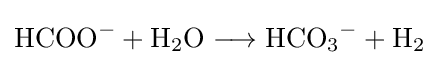
{\mathrm {HCOO} {\vphantom {A}}^{-}{}+{}\mathrm {H} {\vphantom {A}}_{\smash[{t}]{2}}\mathrm {O} {}\mathrel {\longrightarrow } {}\mathrm {HCO} {\vphantom {A}}_{\smash[{t}]{3}}{\vphantom {A}}^{-}{}+{}\mathrm {H} {\vphantom {A}}_{\smash[{t}]{2}}}